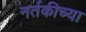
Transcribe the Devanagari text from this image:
नर्तकीच्या